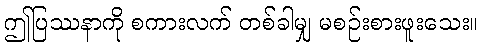
ဤပြဿနာကို စကားလက် တစ်ခါမျှ မစဉ်းစားဖူးသေး။